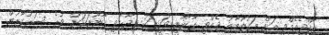
ރާއްޖެއެމްވީ އަށް މައުލޫމާތު ދެއްވި ގާނޫނީ ވަކީލަކު ވިދާޅުވީ ގާނޫނަކަށް ވުރެ ސަރުކާރުން